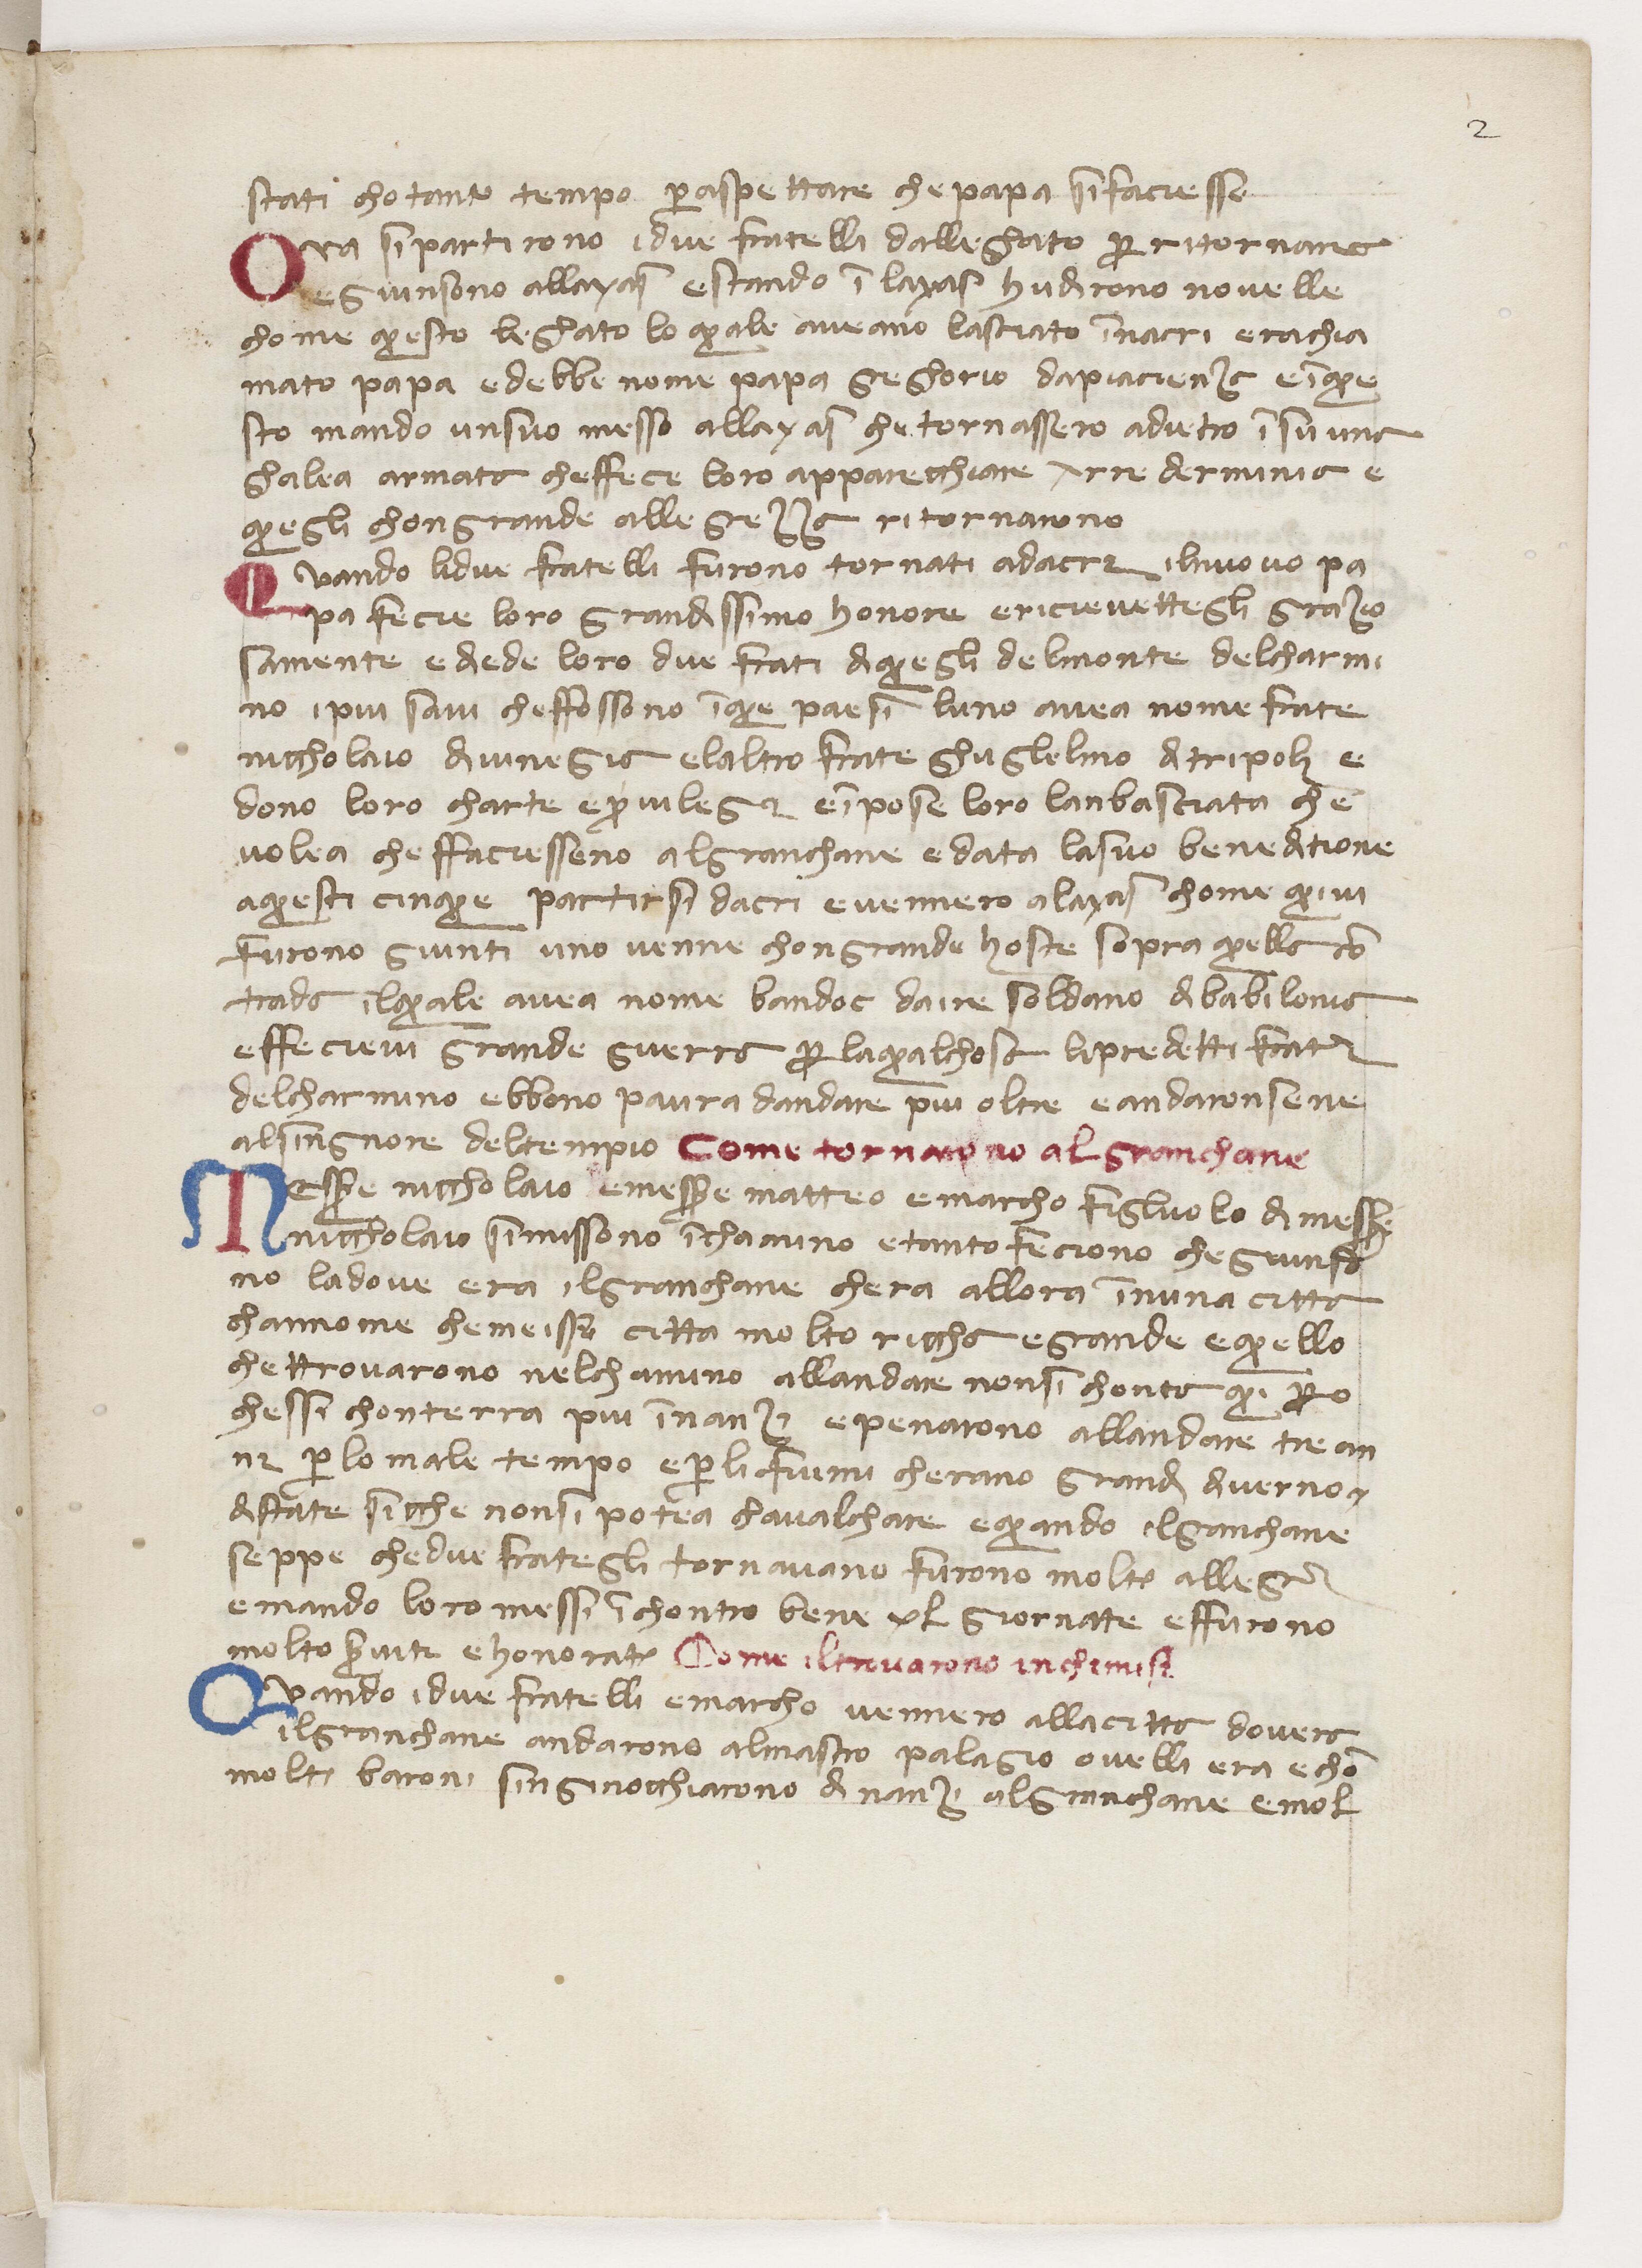
Shelfmark: Paris, BnF, ita. 434
Century: 14